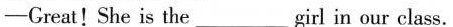
-Great！She is the _ girl in our class.